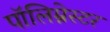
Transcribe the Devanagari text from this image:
पॉलिम्नेस्टर